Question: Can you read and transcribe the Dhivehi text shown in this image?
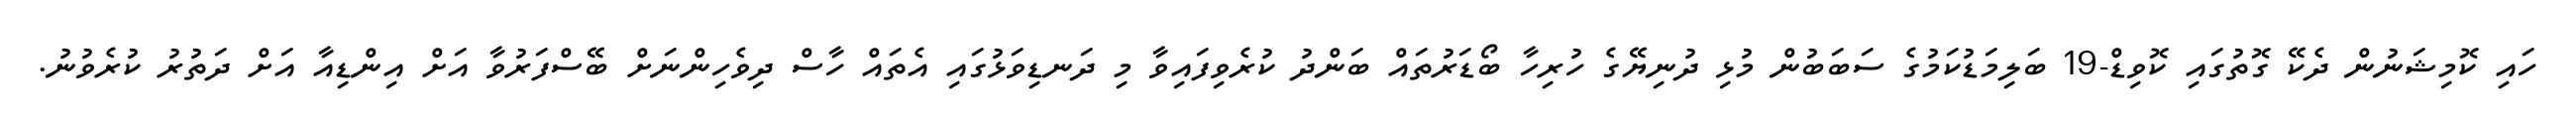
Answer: ހައި ކޮމިޝަނުން ދެކޭ ގޮތުގައި ކޮވިޑް-19 ބަލިމަޑުކަމުގެ ސަބަބުން މުޅި ދުނިޔޭގެ ހުރިހާ ބޯޑަރުތައް ބަންދު ކުރެވިފައިވާ މި ދަނޑިވަޅުގައި އެތައް ހާސް ދިވެހިންނަށް ބޭސްފަރުވާ އަށް އިންޑިއާ އަށް ދަތުރު ކުރެވުނު.